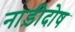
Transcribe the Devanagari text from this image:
नाड़ीदोष